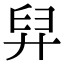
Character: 舁